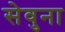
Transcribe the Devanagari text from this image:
सेवुना